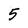
Character: 5